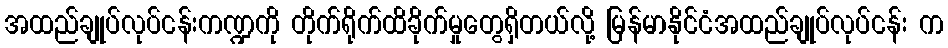
အထည်ချုပ်လုပ်ငန်းကဏ္ဍကို တိုက်ရိုက်ထိခိုက်မှုတွေရှိတယ်လို့ မြန်မာနိုင်ငံအထည်ချုပ်လုပ်ငန်း က